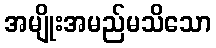
အမျိုးအမည်မသိသော